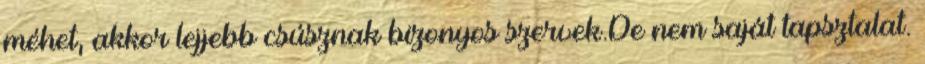
méhet, akkor lejjebb csúsznak bizonyos szervek.De nem saját tapsztalat.